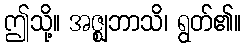
ဤသို့။ အဇ္ဈဘာသိ၊ ရွတ်၏။